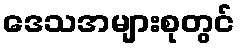
ဒေသအများစုတွင်